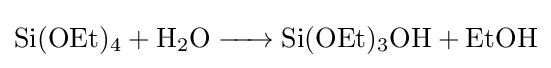
{\ce {Si(OEt)4 + H2O -> Si(OEt)3OH + EtOH}}